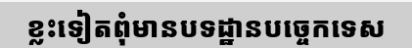
ខ្លះទៀតពុំមានបទដ្ឋានបច្ចេកទេស